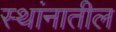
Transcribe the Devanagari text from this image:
स्थांनातील